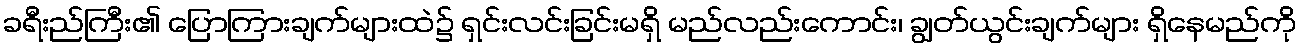
ခရီးည်ကြီး၏ ပြောကြားချက်များထဲ၌ ရှင်းလင်းခြင်းမရှိ မည်လည်းကောင်း၊ ချွတ်ယွင်းချက်များ ရှိနေမည်ကို